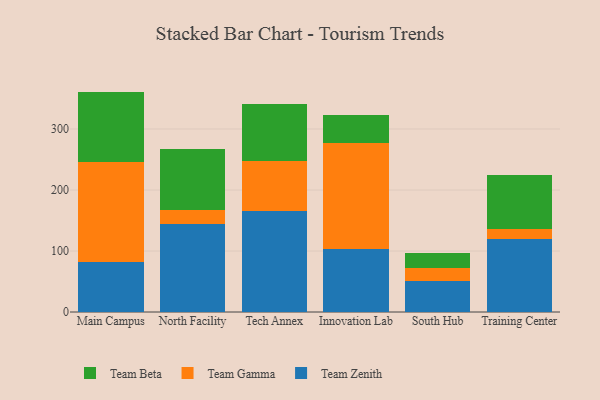
{"axis": {"x": "Campus", "y": "Budget (USD K)"}, "legend": ["Team Beta", "Team Gamma", "Team Zenith"], "data": [{"x": "Main Campus", "y": 81.4, "type": "Team Zenith"}, {"x": "Main Campus", "y": 164.6, "type": "Team Gamma"}, {"x": "Main Campus", "y": 115.3, "type": "Team Beta"}, {"x": "North Facility", "y": 144.6, "type": "Team Zenith"}, {"x": "North Facility", "y": 21.9, "type": "Team Gamma"}, {"x": "North Facility", "y": 101.2, "type": "Team Beta"}, {"x": "Tech Annex", "y": 165.7, "type": "Team Zenith"}, {"x": "Tech Annex", "y": 81.6, "type": "Team Gamma"}, {"x": "Tech Annex", "y": 94.0, "type": "Team Beta"}, {"x": "Innovation Lab", "y": 103.9, "type": "Team Zenith"}, {"x": "Innovation Lab", "y": 173.6, "type": "Team Gamma"}, {"x": "Innovation Lab", "y": 45.2, "type": "Team Beta"}, {"x": "South Hub", "y": 51.0, "type": "Team Zenith"}, {"x": "South Hub", "y": 21.2, "type": "Team Gamma"}, {"x": "South Hub", "y": 24.7, "type": "Team Beta"}, {"x": "Training Center", "y": 119.4, "type": "Team Zenith"}, {"x": "Training Center", "y": 16.1, "type": "Team Gamma"}, {"x": "Training Center", "y": 89.0, "type": "Team Beta"}]}